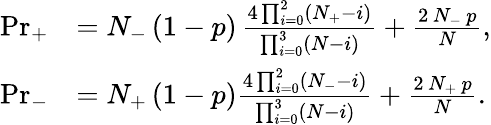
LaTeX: \begin{array}{rl}{\mathrm{Pr}_{+}}&{=N_{-}\left(1-p\right)\, \frac{4\prod_{i=0}^{2}\left(N_{+}-i\right)}{\prod_{i=0}^{3}\left(N-i\right)}+\frac{2\, N_{-}\, p}{N},}\\ {\mathrm{Pr}_{-}}&{=N_{+}\left(1-p\right)\frac{4\prod_{i=0}^{2}\left(N_{-}-i\right)}{\prod_{i=0}^{3}\left(N-i\right)}+\frac{2\, N_{+}\, p}{N}.}\end{array}